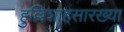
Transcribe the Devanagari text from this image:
हुल्लिशाहसारख्या